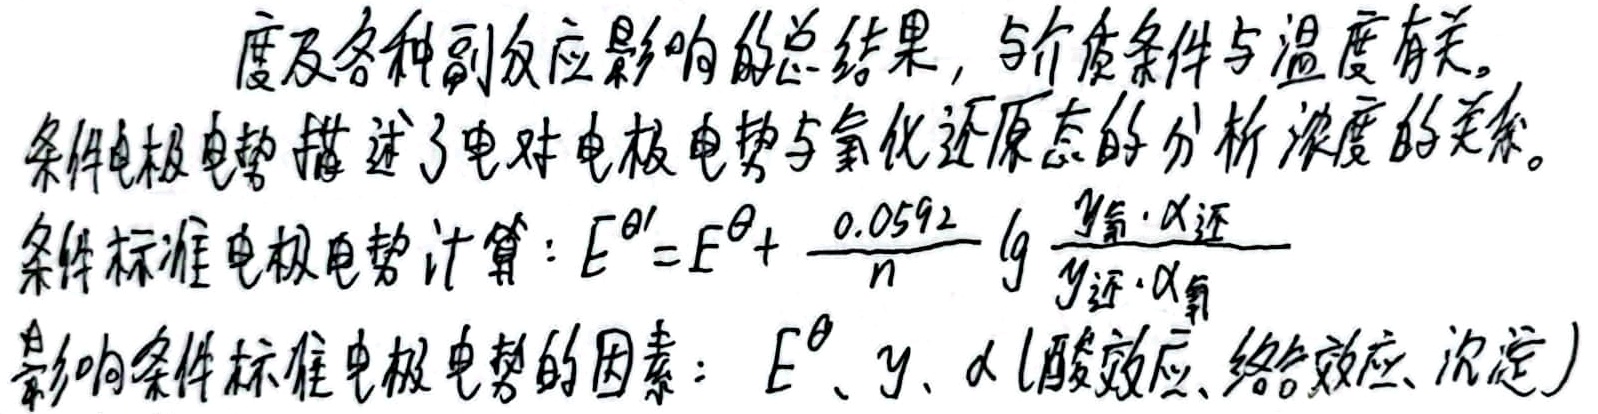
度及各种副反应影响的总结果，与介质条件与温度有关。条件电极电势描述了电对电极电势与氧化还原态的分析浓度的关系。条件标准电极电势计算：

\(E^{\theta '}=E^{\theta}+\frac{0.0592}{n}\lg\frac{y_{氧}\cdot\alpha_{还}}{y_{还}\cdot\alpha_{氧}}\)

影响条件标准电极电势的因素：\(E^{\theta}\)、\(y\)、\(\alpha\)（酸效应、络合效应、沉淀）